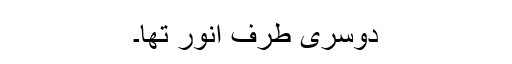
دوسری طرف انور تھا۔